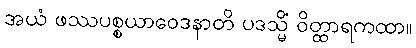
အယံ ဖဿပစ္စယာဝေဒနာတိ ပဒသ္မိံ ဝိတ္ထာရကထာ။